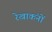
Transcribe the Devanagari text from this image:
रेखाकंनों